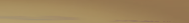
نحن نقدم خدمات التصوير ال